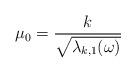
LaTeX: \begin{align*}\mu_0 = \frac{k}{\sqrt{\lambda_{k,1}(\omega)}}\end{align*}